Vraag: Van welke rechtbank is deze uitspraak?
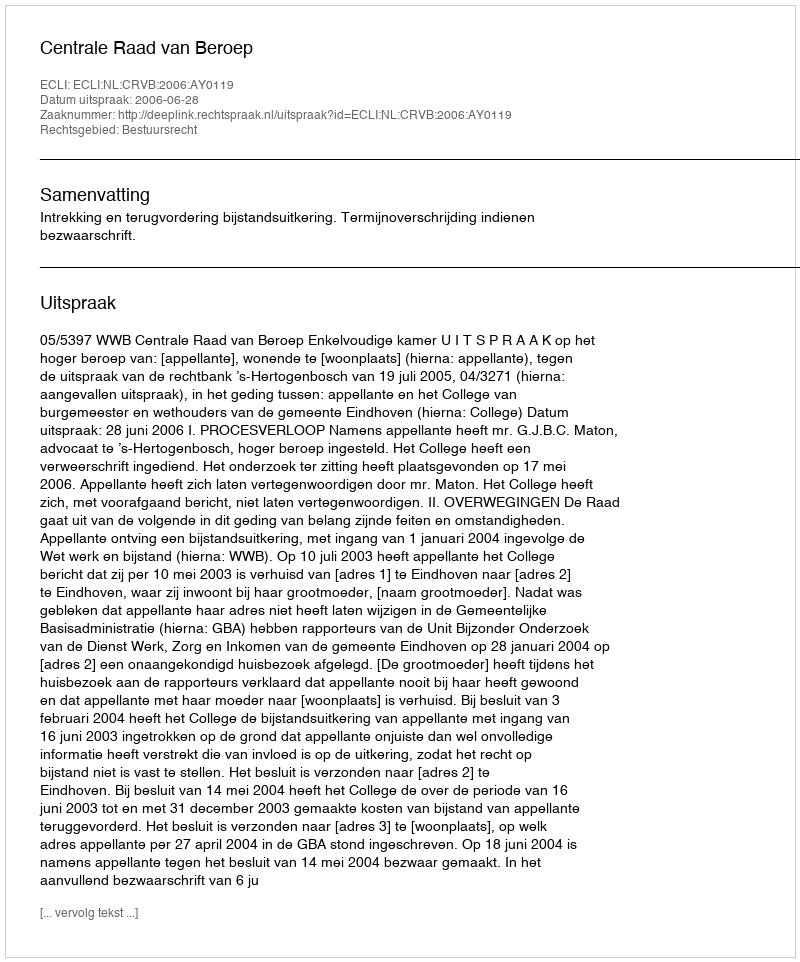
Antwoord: Centrale Raad van Beroep